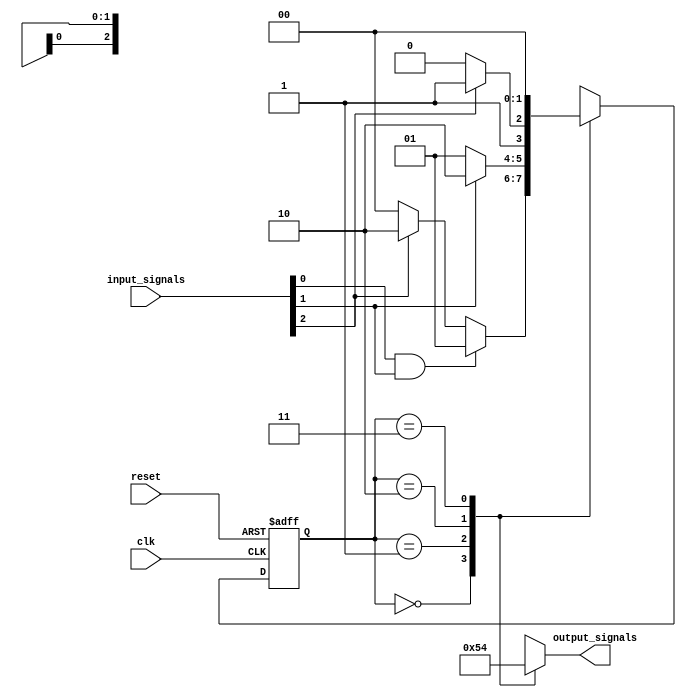
module state_machine_priority_encoding (
    input wire clk,
    input wire reset,
    input wire [N-1:0] input_signals,
    output reg [M-1:0] output_signals
);

parameter N = 4; // Number of input signals
parameter M = 3; // Number of output signals

// Define state encoding
parameter S0 = 2'b00;
parameter S1 = 2'b01;
parameter S2 = 2'b10;
parameter S3 = 2'b11;

// Define states
reg [1:0] current_state;
reg [1:0] next_state;

// Define state transition conditions
always @ (posedge clk or posedge reset) begin
    if (reset) begin
        current_state <= S0; // Initial state
    end else begin
        current_state <= next_state;
    end
end

// Define next state logic
always @* begin
    case (current_state)
        S0: begin
            if (input_signals[0] && input_signals[1])
                next_state = S1;
            else if (input_signals[2])
                next_state = S2;
            else
                next_state = S0;
        end
        S1: begin
            if (input_signals[1])
                next_state = S2;
            else
                next_state = S1;
        end
        S2: begin
            if (input_signals[2])
                next_state = S3;
            else
                next_state = S2;
        end
        S3: begin
            next_state = S0;
        end
        default: next_state = S0;
    endcase
end

// Define output logic
always @* begin
    case (current_state)
        S0: output_signals = 3'b000;
        S1: output_signals = 3'b001;
        S2: output_signals = 3'b010;
        S3: output_signals = 3'b100;
        default: output_signals = 3'b000;
    endcase
end

endmodule